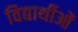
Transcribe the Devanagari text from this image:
विद्यार्थीओं